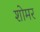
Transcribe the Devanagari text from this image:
शोमर